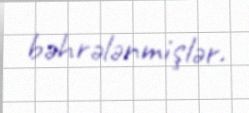
bəhrələnmişlər.